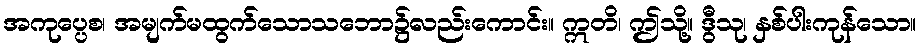
အကုပ္ပေစ၊ အမျက်မထွက်သောသဘော၌လည်းကောင်း။ ဣတိ၊ ဤသို့။ ဒွီသု၊ နှစ်ပါးကုန်သော။